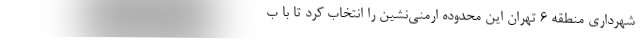
شهرداری منطقه ۶ تهران این محدوده ارمنی‌نشین را انتخاب کرد تا با ب